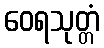
ဝေရသုတ္တံ